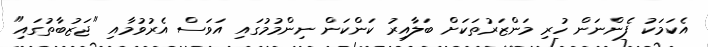
އެކަމަކު ފެންނަން ހުރި މަންޒަރުތަކަށް ބަލާއިރު ކަންކަން ނިންމުމުގައި އަވަސް އެރުވުމާއި "ޖަޒުބާތުގައި"